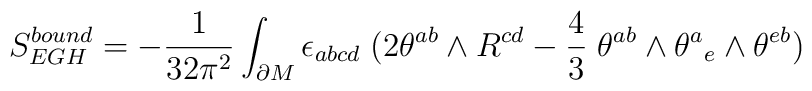
S_{EGH}^{bound}= -{1\over 32 \pi^2}  \int_{\partial M}\epsilon_{abcd}\; (2 \theta ^{ab} \wedge R^{cd}- {4\over 3} \; \theta ^{ab}\wedge\theta^{a}{}_e\wedge \theta ^{eb})